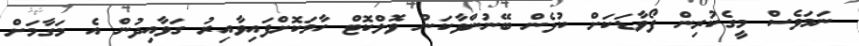
ނަމަވެސް މީގެކުރިން ފޯވާޑަކަށް ކުޅެން ބޭނުންވާކަން ވޮލްކޮޓް ހާމަކޮށްފައިވާއިރު ގަވާއިދުން އެ މަގާމަށް